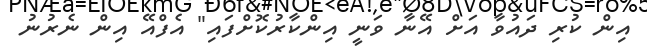
އިން ކުރި ދައުވާ އަށް އޭނާ ވަނީ އިންކާރުކޮށްފައި" އެފްއޭ އިން ނެރުނު